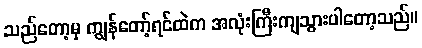
သည်တော့မှ ကျွန်တော့်ရင်ထဲက အလုံးကြီးကျသွားပါတော့သည်။